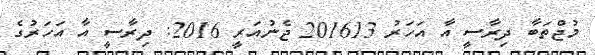
މުޖްތަބާ ދިރާސީ އާ އަހަރު 201613 ޖެނުއަރީ 2016: ދިރާސީ އާ އަހަރުގެ